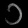
Digit: ၁